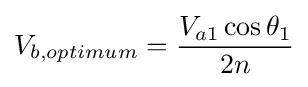
V_{b,optimum}={\frac {V_{a1}\cos \theta _{1}}{2n}}